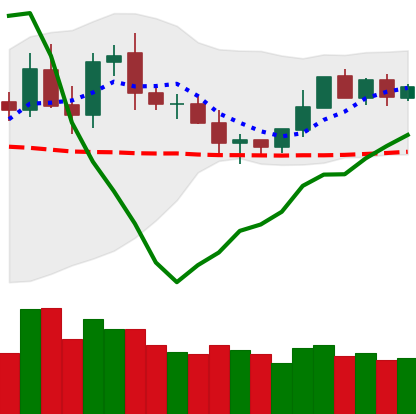
Ticker: DOGE-USD
Chart end date: 2020-02-01
Forward return: 9.538%
Label: up_7plus